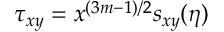
\tau _ { x y } = x ^ { ( 3 m - 1 ) / 2 } s _ { x y } ( \eta )